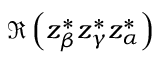
\Re \left( z _ { \beta } ^ { * } z _ { \gamma } ^ { * } z _ { \alpha } ^ { * } \right)